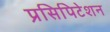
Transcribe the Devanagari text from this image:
प्रसिपिटेशन